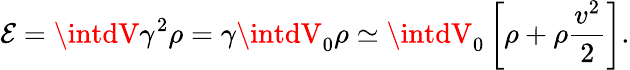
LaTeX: \mathcal{E}=\intdV\gamma^{2}\rho=\gamma\intdV_{0}\rho\simeq\intdV_{0}\left[\rho+\rho\frac{{v^{2}}}{{2}}\right].